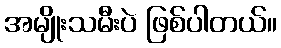
အမျိုးသမီးပဲ ဖြစ်ပါတယ်။